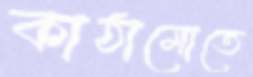
কাঠামোতে